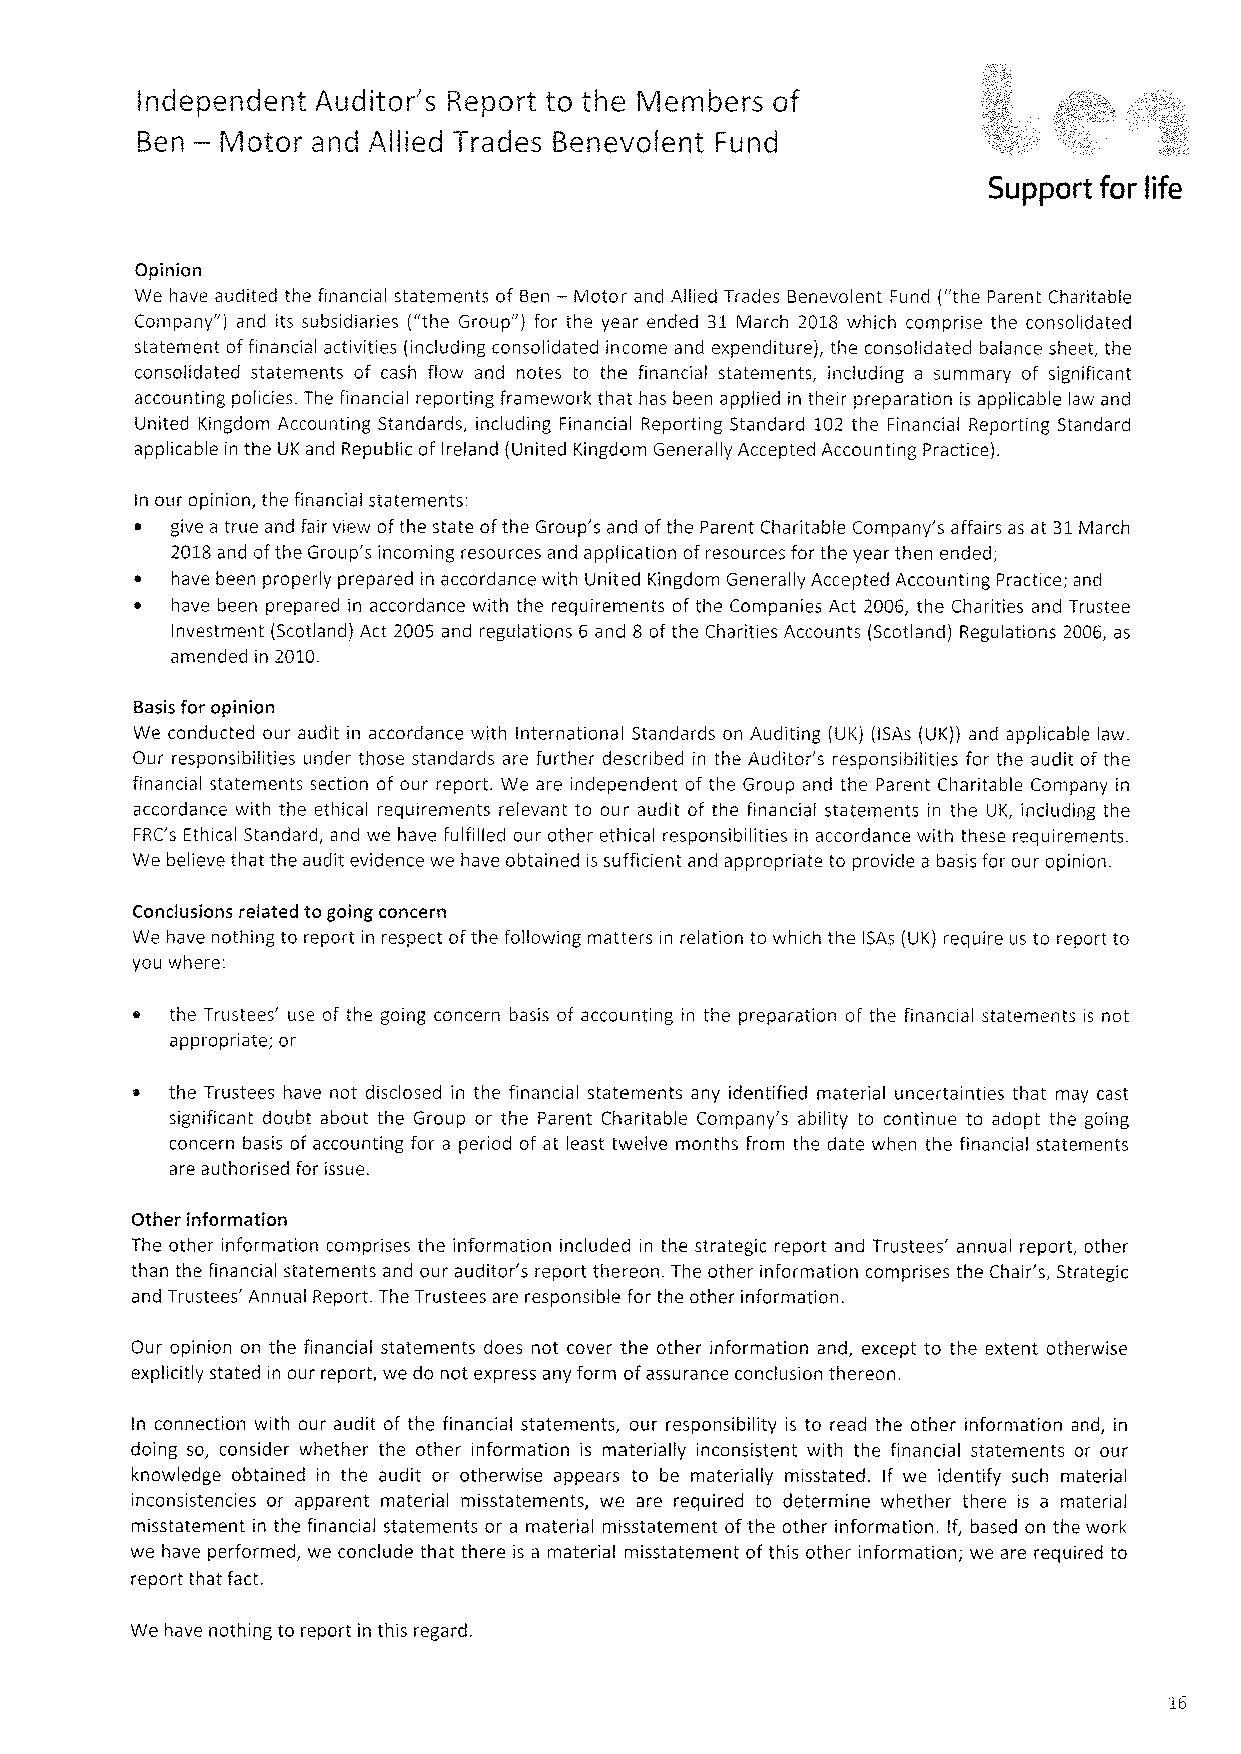
Independent Auditor's Report to the Members of
 —
 Ben   Motor and Allied Trades Benevolent Fund
 Support for life
 Opinion
 We have audited the financial statements of Ben —Motor and Allied Trades Benevolent Fund ("the Parent Charitable
 Company" ) and its subsidiaries ("the Group" ) for the year ended 31 March 2018 which comprise the consolidated
 statement offinancial activities (including consolidated income and expenditure), the consolidated balance sheet, the
 consolidated statements of cash flow and notes to the financial statements, including a summary of significant
 accounting policies. The financial reporting framework that has been applied in their preparation is applicable law and
 United Kingdom Accounting Standards, including Financial Reporting Standard 102 the Financial Reporting Standard
 applicable in the UK and Republic of ireland (United Kingdom Generally Accepted Accounting Practice).
 In our opinion, the financial statements:
 ~ give a true and fair view ofthe state ofthe Group's and ofthe Parent Charitable Company's affairs as at 31March
 2018and ofthe Group's incoming resources and application ofresources for the year then ended;
 ~ have been properly prepared in accordance with United Kingdom Generally Accepted Accounting Practice; and
 have been prepared in accordance with the requirements of the Companies Act 2006, the Charities and Trustee
 Investment (Scotland) Act 2005 and regulations 6 and 8 ofthe Charities Accounts (Scotland) Regulations 2006, as
 amended in 2010.
 Basis for opinion
 We conducted our audit in accordance with International Standards on Auditing (UK) (ISAs (UK)) and applicable law.
 Our responsibilities under those standards are further described in the Auditor's responsibilities for the audit of the
 financial statements section of our report. We are independent of the Group and the Parent Charitable Company in
 accordance with the ethical requirements relevant to our audit of the financial statements in the UK, including the
 FRC's Ethical Standard, and we have fulfilled our other ethical responsibilities in accordance with these requirements.
 We believe that the audit evidence we have obtained is sufficient and appropriate to provide a basis for our opinion.
 Conclusions related to going concern
 We have nothing to report in respect ofthe following matters in relation to which the ISAs (UK) require us to report to
 you where:
 the Trustees' use of the going concern basis of accounting in the preparation of the financial statements is not
 appropriate; or
 the Trustees have not disclosed in the financial statements any identified material uncertainties that may cast
 significant doubt about the Group or the Parent Charitable Company's ability to continue to adopt the going
 concern basis of accounting for a period of at least twelve months from the date when the financial statements
 are authorised for issue.
 Other information
 The other information comprises the information included in the strategic report and Trustees' annual report, other
 than the financial statements and our auditor's report thereon. The other information comprises the Chair's, Strategic
 and Trustees' Annual Report. The Trustees are responsible for the other information.
 Our opinion on the financial statements does not cover the other information and, except to the extent otherwise
 explicitly stated in our report, we do not express any form ofassurance conclusion thereon.
 In connection with our audit of the financial statements, our responsibility is to read the other information and, in
 doing so, consider whether the other information is materially inconsistent with the financial statements or our
 knowledge obtained in the audit or otherwise appears to be materially misstated. If we identify such material
 inconsistencies or apparent material misstatements, we are required to determine whether there is a material
 misstatement in the financial statements or a material misstatement of the other information. If, based on the work
 we have performed, we conclude that there is a material misstatement ofthis other information; we are required to
 report that fact.
 We have nothing to report in this regard.